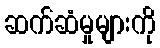
ဆက်ဆံမှုများကို